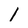
Character: 1